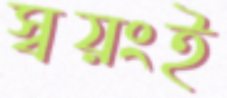
স্বয়ংই